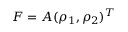
F = A ( \rho _ { 1 } , \rho _ { 2 } ) ^ { T }